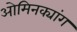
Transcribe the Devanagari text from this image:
ओमिनक्यांग